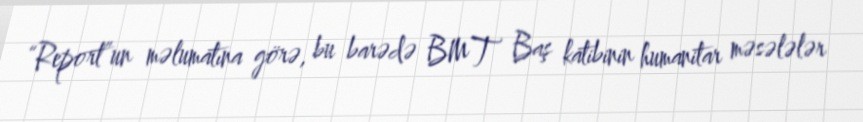
“Report”un məlumatına görə, bu barədə BMT Baş katibinin humanitar məsələlər